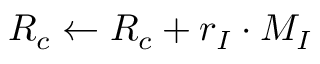
R _ { c } \leftarrow R _ { c } + r _ { I } \cdot M _ { I }